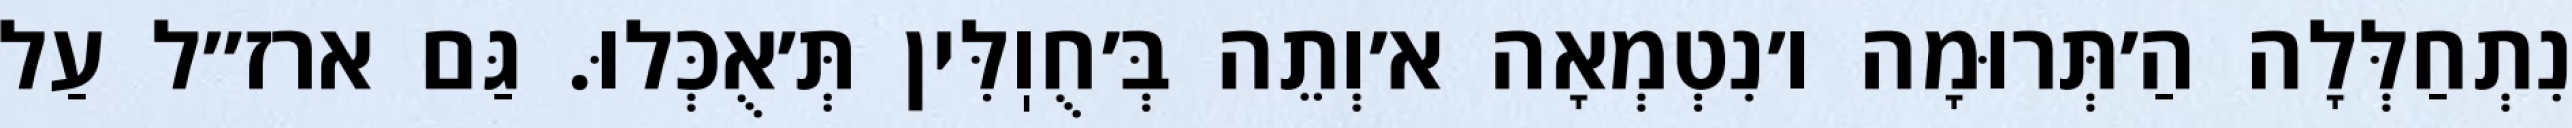
נִתְחַלְּלָה הַ׳תְּרוּמָה ו׳נִטְמְאָה א׳וְתֵה בְּ׳חֻוֽלִּין תְּ׳אֻכְּלוּ. גַּם ארז״ל עַל